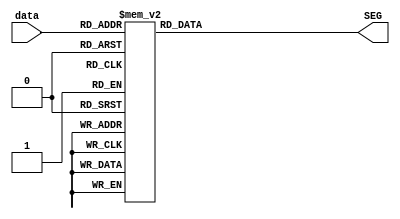
`timescale 1ns / 1ps

module decode_show(data, SEG);
	input [3:0] data;
	output reg [7:0]SEG;
	always
	     @(data) begin
	     case(data[3:0])
	          4'b0000 : SEG[7:0] = 8'b11000000;
	          4'b0001 : SEG[7:0] = 8'b11111001;
	          4'b0010 : SEG[7:0] = 8'b10100100;
	          4'b0011 : SEG[7:0] = 8'b10110000;
	          4'b0100 : SEG[7:0] = 8'b10011001;
	          4'b0101 : SEG[7:0] = 8'b10010010;
	          4'b0110 : SEG[7:0] = 8'b10000010;
	          4'b0111 : SEG[7:0] = 8'b11111000;
	          4'b1000 : SEG[7:0] = 8'b10000000;
	          4'b1001 : SEG[7:0] = 8'b10011000;
	          4'b1010 : SEG[7:0] = 8'b10001000;
	          4'b1011 : SEG[7:0] = 8'b10000011;
	          4'b1100 : SEG[7:0] = 8'b11000110;
	          4'b1101 : SEG[7:0] = 8'b10100001;
	          4'b1110 : SEG[7:0] = 8'b10000110;
	          4'b1111 : SEG[7:0] = 8'b10001110;
	          default : SEG[7:0] = 8'b11111111;
	    endcase
   end
	    
endmodule